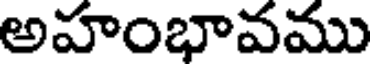
అహంభావము